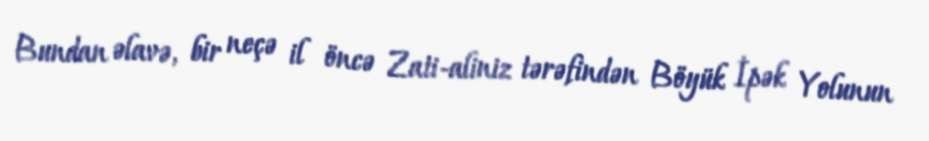
Bundan əlavə, bir neçə il öncə Zati-aliniz tərəfindən Böyük İpək Yolunun